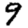
Digit: 9